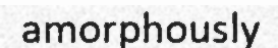
amorphously